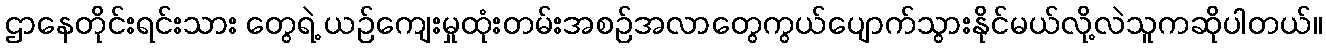
ဌာနေတိုင်းရင်းသား တွေရဲ့ ယဉ်ကျေးမှုထုံးတမ်းအစဉ်အလာတွေကွယ်ပျောက်သွားနိုင်မယ်လို့လဲသူကဆိုပါတယ်။